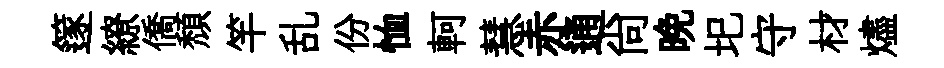
篴繚僑頹竿乱份恤軻慧赤通尙晚圯守材燼